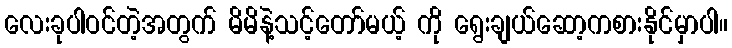
လေးခုပါဝင်တဲ့အတွက် မိမိနဲ့သင့်တော်မယ့် ကို ရွေးချယ်ဆော့ကစားနိုင်မှာပါ။